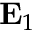
\mathbf { E } _ { 1 }